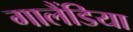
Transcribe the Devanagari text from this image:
गालैंडिया